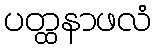
ပတ္ထနာဖလံ